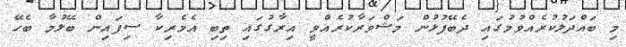
މި ބައްދަލުކުރެއްވުމުގައި ދެބޭފުޅުން މަޝްވަރާކުރެއްވީ އިރާގުގައި ތިބި އެމެރިކާ ސިފައިން ބޭލުމާ ބެހޭ